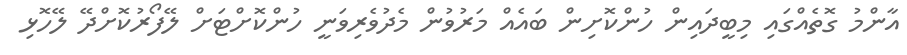
އާންމު ގޮތެއްގައި މިބީދައިން ހުންކޮށިން ބައެއް މަރުވުން މެދުވެރިވަނީ ހުންކޮށްޓަށް ލޭފޯރުކޮށްދޭ ލޭހޮޅި